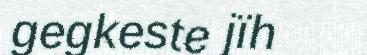
gegkeste jïh